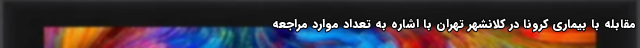
مقابله با بیماری کرونا در کلانشهر تهران با اشاره به تعداد موارد مراجعه